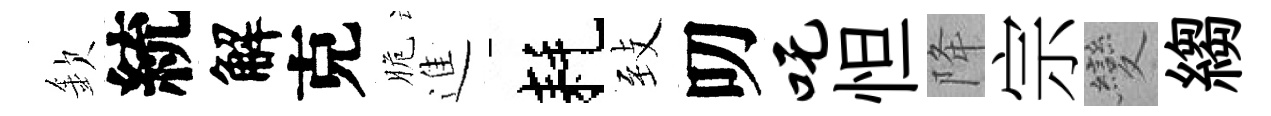
欽統解克脆進耗𦤺叨吒怛降宗變縐